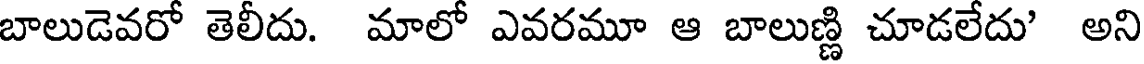
బాలుడెవరో తెలీదు. మాలో ఎవరమూ ఆ బాలుణ్ణి చూడలేదు' అని